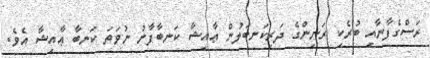
ރަސްގެފާނާއި ބުރެކި ރަނިންގެ ދަރިކަނބަލުން ޢާއިޝާ ކަނބާފާނު ނުވަތަ ކަނބާ ޢާއިޝާ އެވެ.